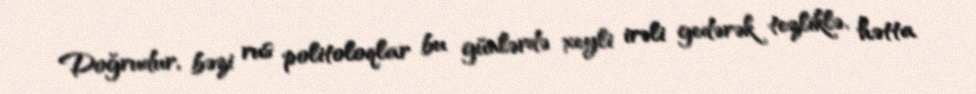
Doğrudur, bəzi rus politoloqlar bu günlərdə xeyli irəli gedərək tezliklə, hətta